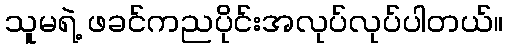
သူမရဲ့ ဖခင်ကညပိုင်းအလုပ်လုပ်ပါတယ်။